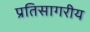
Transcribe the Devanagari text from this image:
प्रतिसागरीय